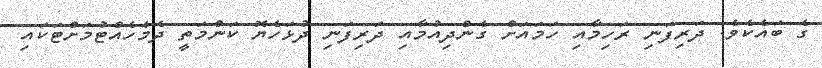
ގެ ބައެކެވެ. ދަރިފަނި ރަހިމާއި ހަމައަށް ގެންދިއުމާއި ދަރިފަނި ދުޅަހެޔޮ ކަންމަތީ ދެމެހެއްޓުމަށްޓަކައި